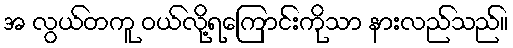
အ လွယ်တကူ ဝယ်လို့ရကြောင်းကိုသာ နားလည်သည်။